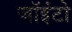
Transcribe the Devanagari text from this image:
जॉइंटो